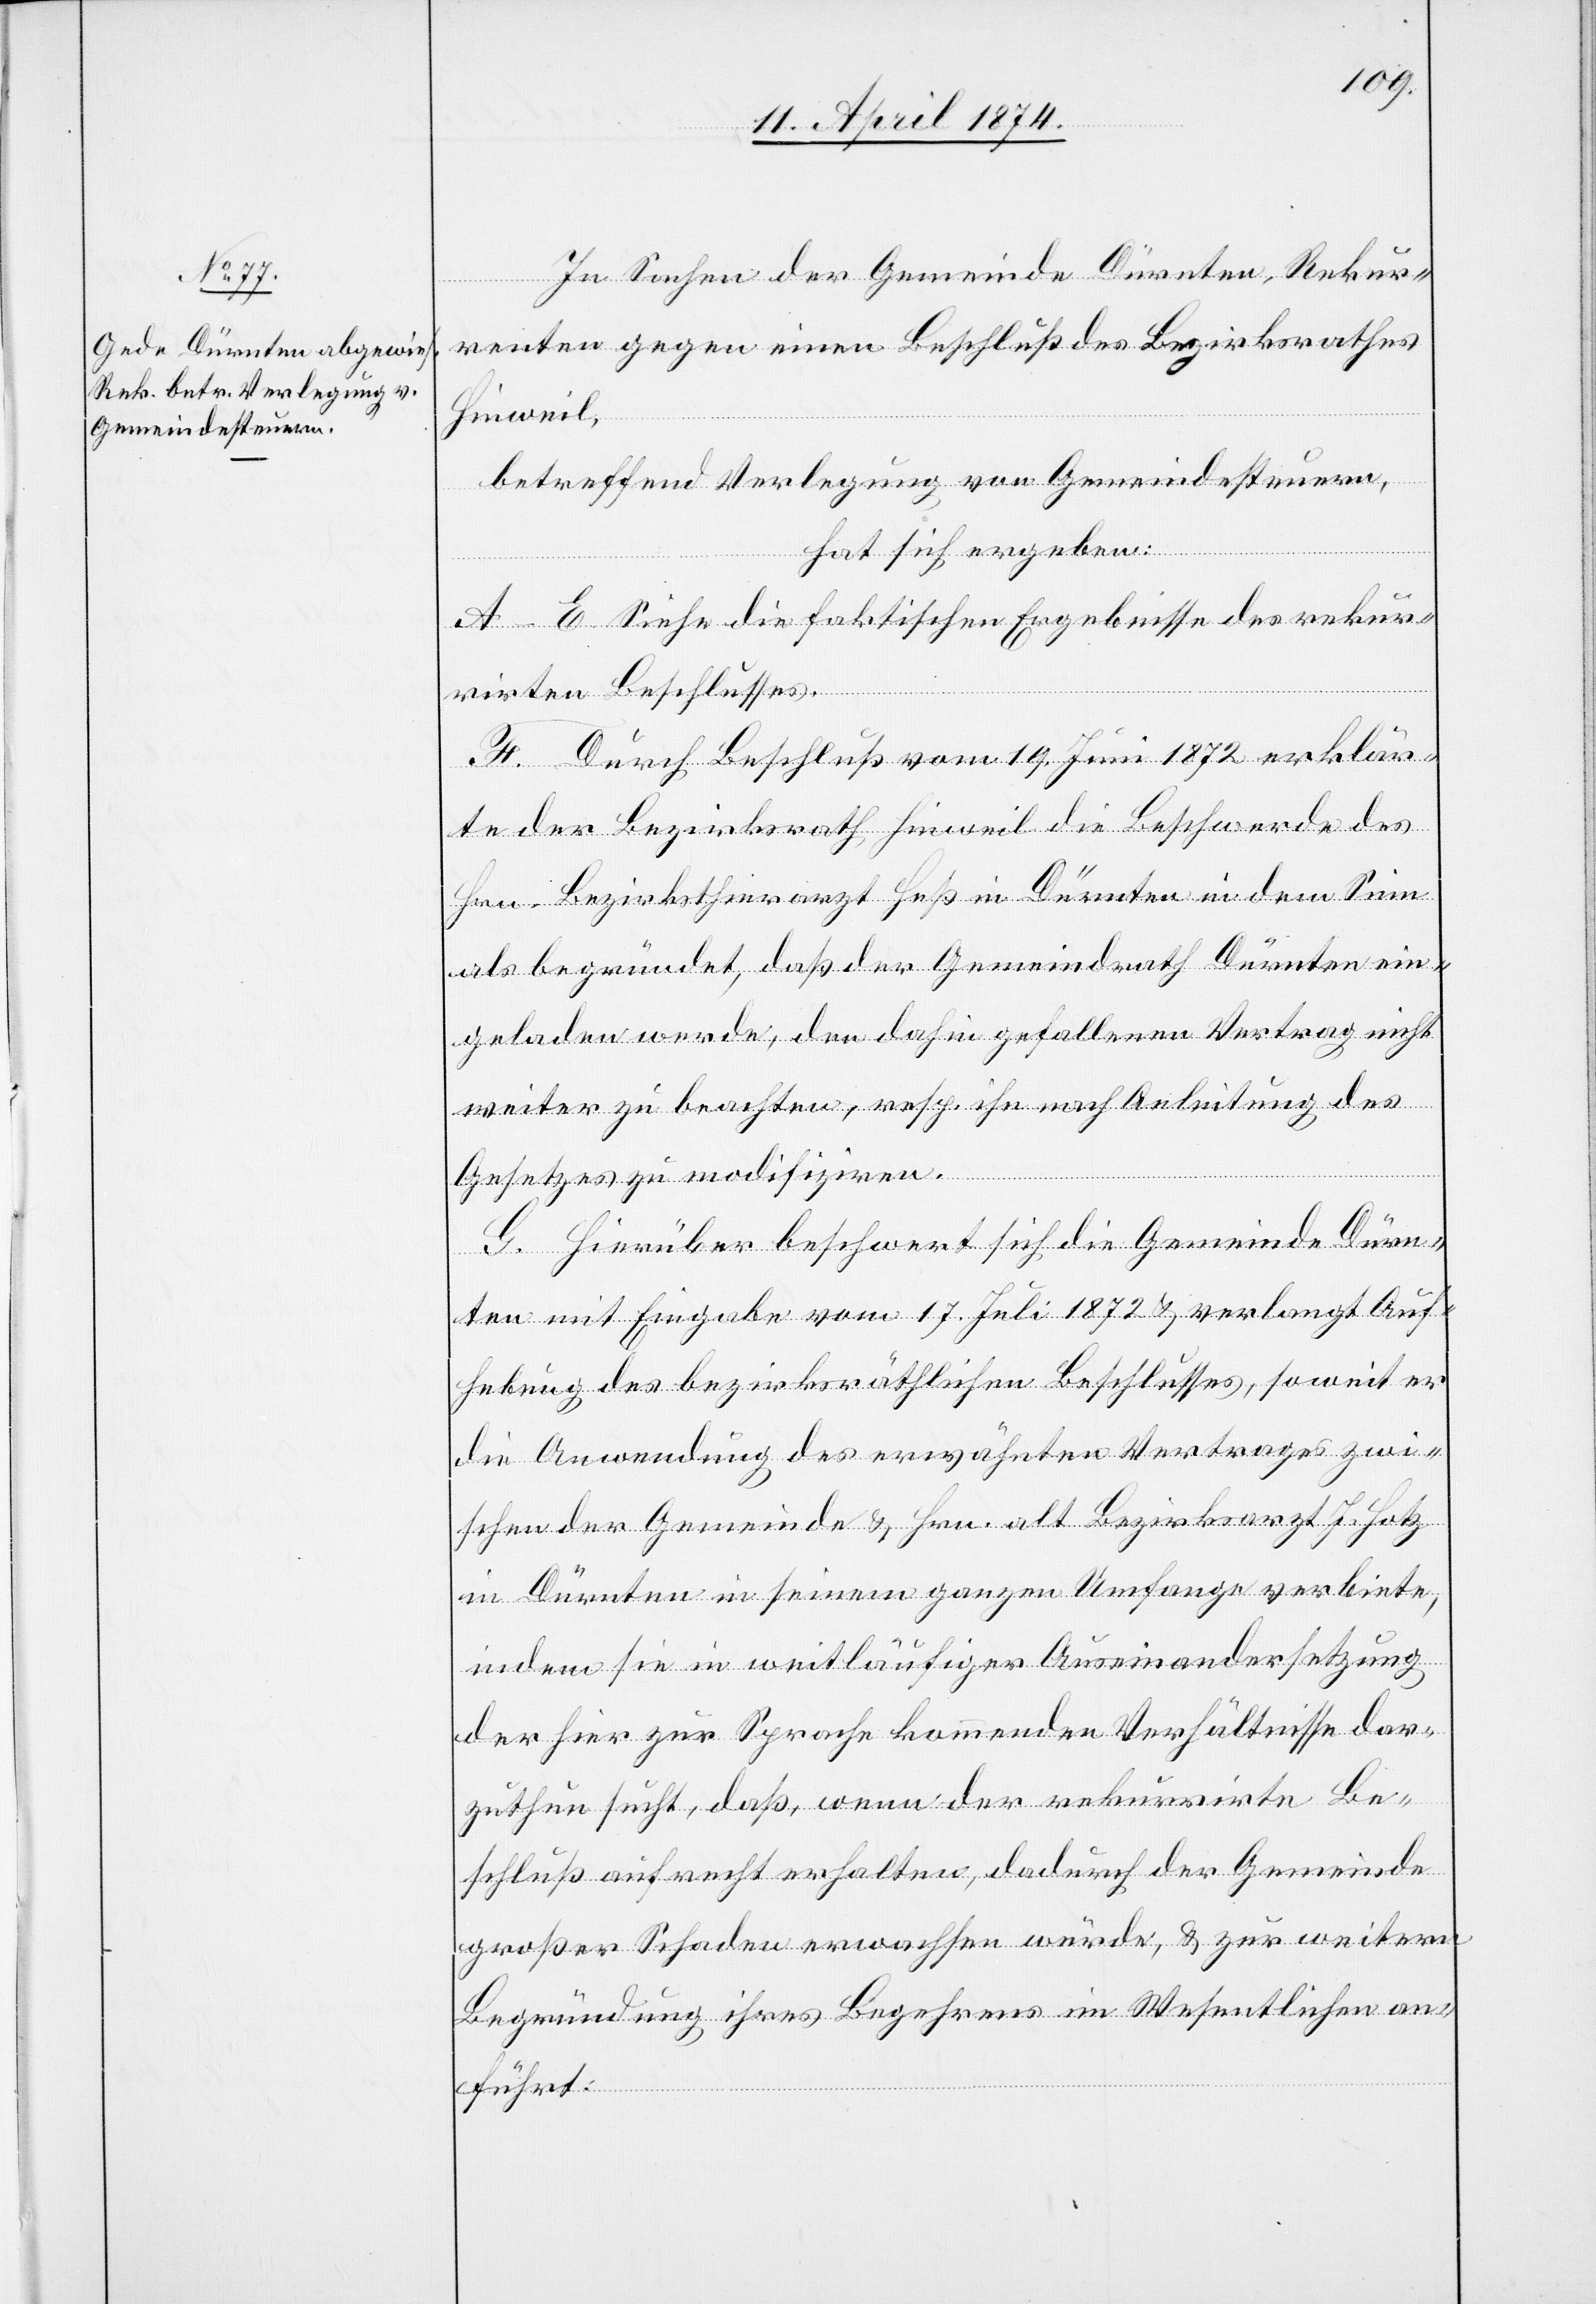
In Sachen der Gemeinde Dürnten, Rekur¬
renten gegen einen Beschluß des Bezirksrathes
Hinweil,
betreffend Verlegung von Gemeindesteuern,
hat sich ergeben:
A–E Siehe die faktischen Ergebnisse des rekur¬
rirten Beschlusses.
F. Durch Beschluß vom 19. Juni 1872 erklär¬
te der Bezirksrath Hinweil die Beschwerde des
Hrn. Bezirksthierarzt Heß in Dürnten in dem Sinn
als begründet, daß der Gemeindrath Dürnten ein¬
geladen werde, den dahin gefallenen Vertrag nicht
weiter zu beachten, resp. ihn nach Anleitung des
Gesetzes zu modifiziren.
G. Hierüber beschwert sich die Gemeinde Dürn¬
ten mit Eingabe vom 17. Juli 1872 u. verlangt Auf¬
hebung des bezirksräthlichen Beschlusses, soweit er
die Anwendung des erwähnten Vertrages zwi¬
schen der Gemeinde u. Hrn. alt Bezirksarzt J. Hotz
in Dürnten in seinem ganzen Umfange verbiete,
indem sie in weitläufiger Auseinandersetzung
der hier zur Sprache kommenden Verhältnisse dar¬
zuthun sucht, daß, wenn der rekurrirte Be¬
schluß aufrecht erhalten, dadurch der Gemeinde
großer Schaden erwachsen würde, u. zur weitern
Begründung ihres Begehrens im Wesentlichen an¬
führt: